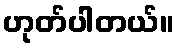
ဟုတ်ပါတယ်။